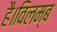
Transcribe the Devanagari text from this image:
है।विलम्ब